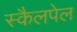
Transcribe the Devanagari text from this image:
स्कैलपेल